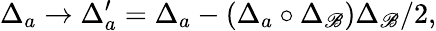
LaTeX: \Delta_{a}\rightarrow\Delta_{a}^{\prime}=\Delta_{a}-(\Delta_{a}\circ\Delta_{\mathscr{B}})\Delta_{\mathscr{B}}/2,